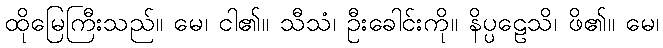
ထိုမြေကြီးသည်။ မေ၊ ငါ၏။ သီသံ၊ ဦးခေါင်းကို။ နိပ္ပဠေသိ၊ ဖိ၏။ မေ၊